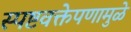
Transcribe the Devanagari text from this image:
स्पष्टवक्तेपणामुळे